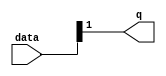
module  acl_fp_sub_altpriority_encoder_3v7
	( 
	data,
	q) ;
	input   [1:0]  data;
	output   [0:0]  q;
	assign
		q = {data[1]};
endmodule